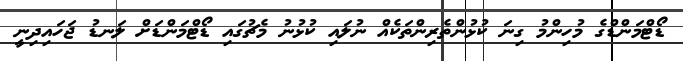
ޑޯޓްމަންޑްގެ މުހިންމު ގިނަ ކުޅުންތެރިންތަކެއް ނުލައި ކުޅުނު މެޗުގައި ޑޯޓްމަންޑަށް ލަނޑު ޖަހައިދިނީ